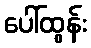
ပေါ်ထွန်း